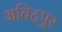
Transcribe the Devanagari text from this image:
अबिदपुर